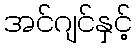
အင်ဂျင်နှင့်